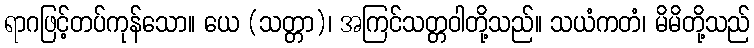
ရာဂဖြင့်တပ်ကုန်သော။ ယေ (သတ္တာ)၊ အကြင်သတ္တဝါတို့သည်။ သယံကတံ၊ မိမိတို့သည်